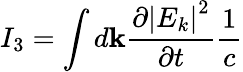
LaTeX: I_{3}=\int d\textbf{k}\frac{\partial\left|E_{k}\right|^{2}}{\partial t}\frac{1}{c}